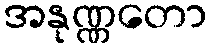
အနုဏ္ဏတော